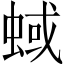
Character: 蜮